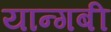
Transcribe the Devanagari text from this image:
यान्गबी